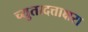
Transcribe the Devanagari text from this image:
च्युतादत्ताक्षरा